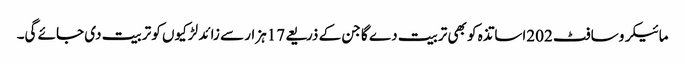
مائیکرو سافٹ 202اساتذہ کو بھی تربیت دے گا جن کے ذریعے 17ہزار سے زائد لڑکیوں کو تربیت دی جائے گی۔